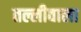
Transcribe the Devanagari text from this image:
तल्लीवाला